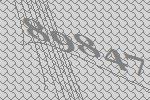
89847